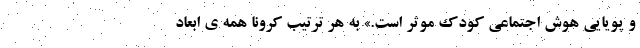
و پویایی هوش اجتماعی کودک موثر است.» به هر ترتیب کرونا همه ی ابعاد